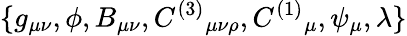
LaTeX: \{ g_{\mu\nu},\phi,B_{\mu\nu},C^{(3)}{}_{\mu\nu\rho},C^{(1)}{}_{\mu},\psi_{\mu},\lambda\}